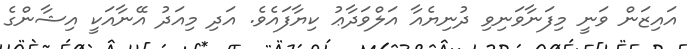
އައިޒަން ވަނީ މިފަނާވަނިވި ދުނިޔެއާ އަލްވަދާޢު ކިޔާފައެވެ. އަދި މިއަދު އޭނާއަކީ އިޝާންގެ